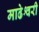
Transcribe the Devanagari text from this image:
माढेश्वरी